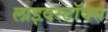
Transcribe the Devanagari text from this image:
लाइवस्टॉक्स